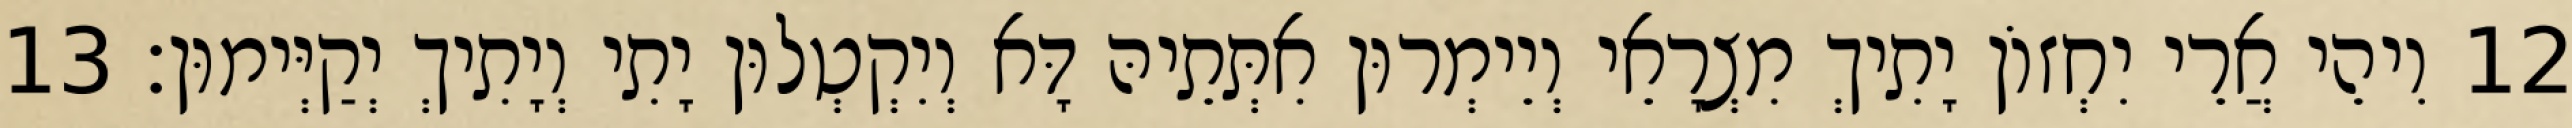
12 וִיהֵי אֲרֵי יִחְזוֹן יָתִיךְ מִצְרָאֵי וְיֵימְרוּן אִתְּתֵיהּ דָּא וְיִקְטְלוּן יָתִי וְיָתִיךְ יְקַיְּימוּן׃ 13